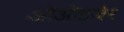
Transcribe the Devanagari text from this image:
ओओइजेर